Indian journal of veterinary science and animal husbandry - Volumes 18-21, 1948-1951
Year: 1948
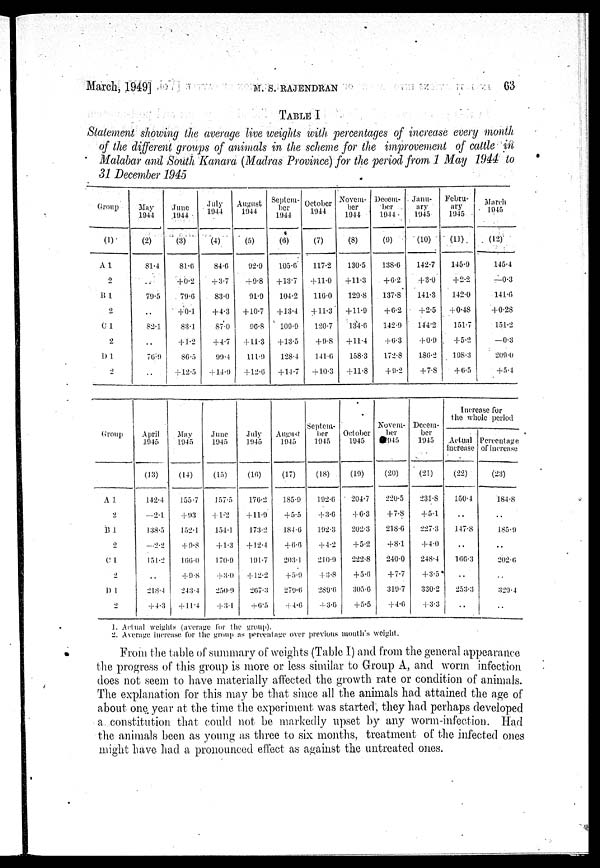
March, 1949]
M.S.
RAJENDRAN
63
TABLE I
Statement showing the average live weights with percentages of increase every month
of the different groups of animals in the scheme for the improvement of cattle in
Malabar and South Kanara (Madras Province) for the period from 1 May 1944 to
31 December 1945
Group
(1)
A1
2
B 1
2
C1
2
D 1
2
May
(2)
81.4
..
79.5
..
82.1
76.9
..
June
1944
(3)
81.6
+0.2
79.0
+0.1
83.1
+1.2
86.5
+12.5
July
1944
(4)
84.0
+3.7
83.0
+4.3
87.0
+4.7
99.4
+14.9
August
1944
(5)
92.9
+9.8
91.9
+10.7
90.8
+11.3
111.9
+12.0
Septem-
ber
1944
(6)
105.6
+13.7
104.2
+13.4
109.9
+13.5
128.4
+14.7
October
1944
(7)
117.2
+11.0
116.0
+11.3
120.7
+9.8
141.6
+10.3
Novem-
ber
1944
(8)
130.5
+11.3
129.8
+11.9
134.6
+11.4
158.3
+11.8
Decem-
ber
1944
(9)
138.6
+6.2
137.8
+6.2
142.9
+6.3
172.8
+9.2
Janu-
ary
1945
(10)
142.7
+3.0
141.3
+2.5
144.2
+0.9
186.2
+7.8
Febru-
ary
1945
(11)
145.0
+2.2
142.0
+0.48
151.7
+5.2
198.3
+6.5
March
1945
(12)
145.4
—0.3
141.6
+0.28
151.2
—0.3
209.0
+5.4
Group
A 1
2
B 1
2
C 1
2
D 1
2
April
1945
(13)
142.4
—2.1
138.5
—2.2
151.2
..
218.4
+4.3
May
1945
(14)
155.7
+93
152.1
+0.8
166.0
+9.8
243.4
+11.4
June
1945
(15)
157.5
+1.2
154.1
+1.3
170.9
+3.0
250.9
+3.1
July
1045
(10)
176.2
+11.0
173.2
+12.4
191.7
+12.2
267.3
+6.5
August
1945
(17)
185.9
+5.5
184.6
+6.6
203.1
+5.9
279.0
+4.0
Septem-
ber
1945
(18)
192.0
+3.6
192.3
+4.2
210.9
+3.8
289.6
+3.6
October
1945
(10)
204.7
+6.3
202.3
+5.2
222.8
+5.6
305.6
+5.5
Novem-
ber
945
(20)
220.5
+7.8
218.C
+8.1
240.0
+7.7
319.7
+4.6
Decem-
ber
1945
(21)
231.8
+5.1
227.3
+4.0
248.4
+3.5
330.2
+3.3
Increase for
the whole period
Actual
increase
(22)
150.4
..
147.8
..
166.3
..
253.3
..
Percentage
of increase
(23)
184.8
..
185.9
202.6
329.4
..
1. Actual weights (average for the group).
2. Average increase for the group as percentage over previous mouth's weight.
From the table of summary of weights (Table I) and from the general appearance
the progress of this group is more or less similar to Group A, and worm infection
does not seem to have materially affected the growth rate or condition of animals.
The explanation for this may be that since all the animals had attained the age of
about one year at the time the experiment was started, they had perhaps developed
a. constitution that could not be markedly upset by any worm.infection. Had
the animals been as young as three to six months, treatment of the infected ones
might have had a pronounced effect as against the untreated ones.